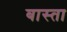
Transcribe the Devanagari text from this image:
बास्ता